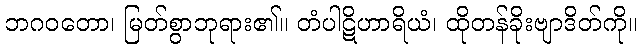
ဘဂဝတော၊ မြတ်စွာဘုရား၏။ တံပါဋိဟာရိယံ၊ ထိုတန်ခိုးဗျာဒိတ်ကို။